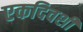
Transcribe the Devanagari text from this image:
एकदिवशी